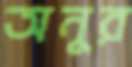
অনুর